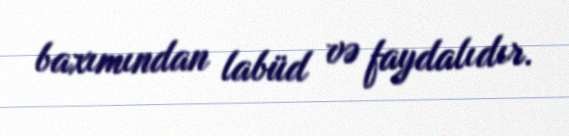
baxımından labüd və faydalıdır.